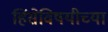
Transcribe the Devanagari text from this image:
हिंसेविषयीच्या